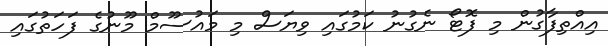
އިއްތިފާގުން މި ފޮޓޯ ނެގުނު ކަމުގައި ވިޔަސް މި މައުސޫމް މޫނުގެ ފަހަތުގައި